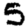
Digit: 5